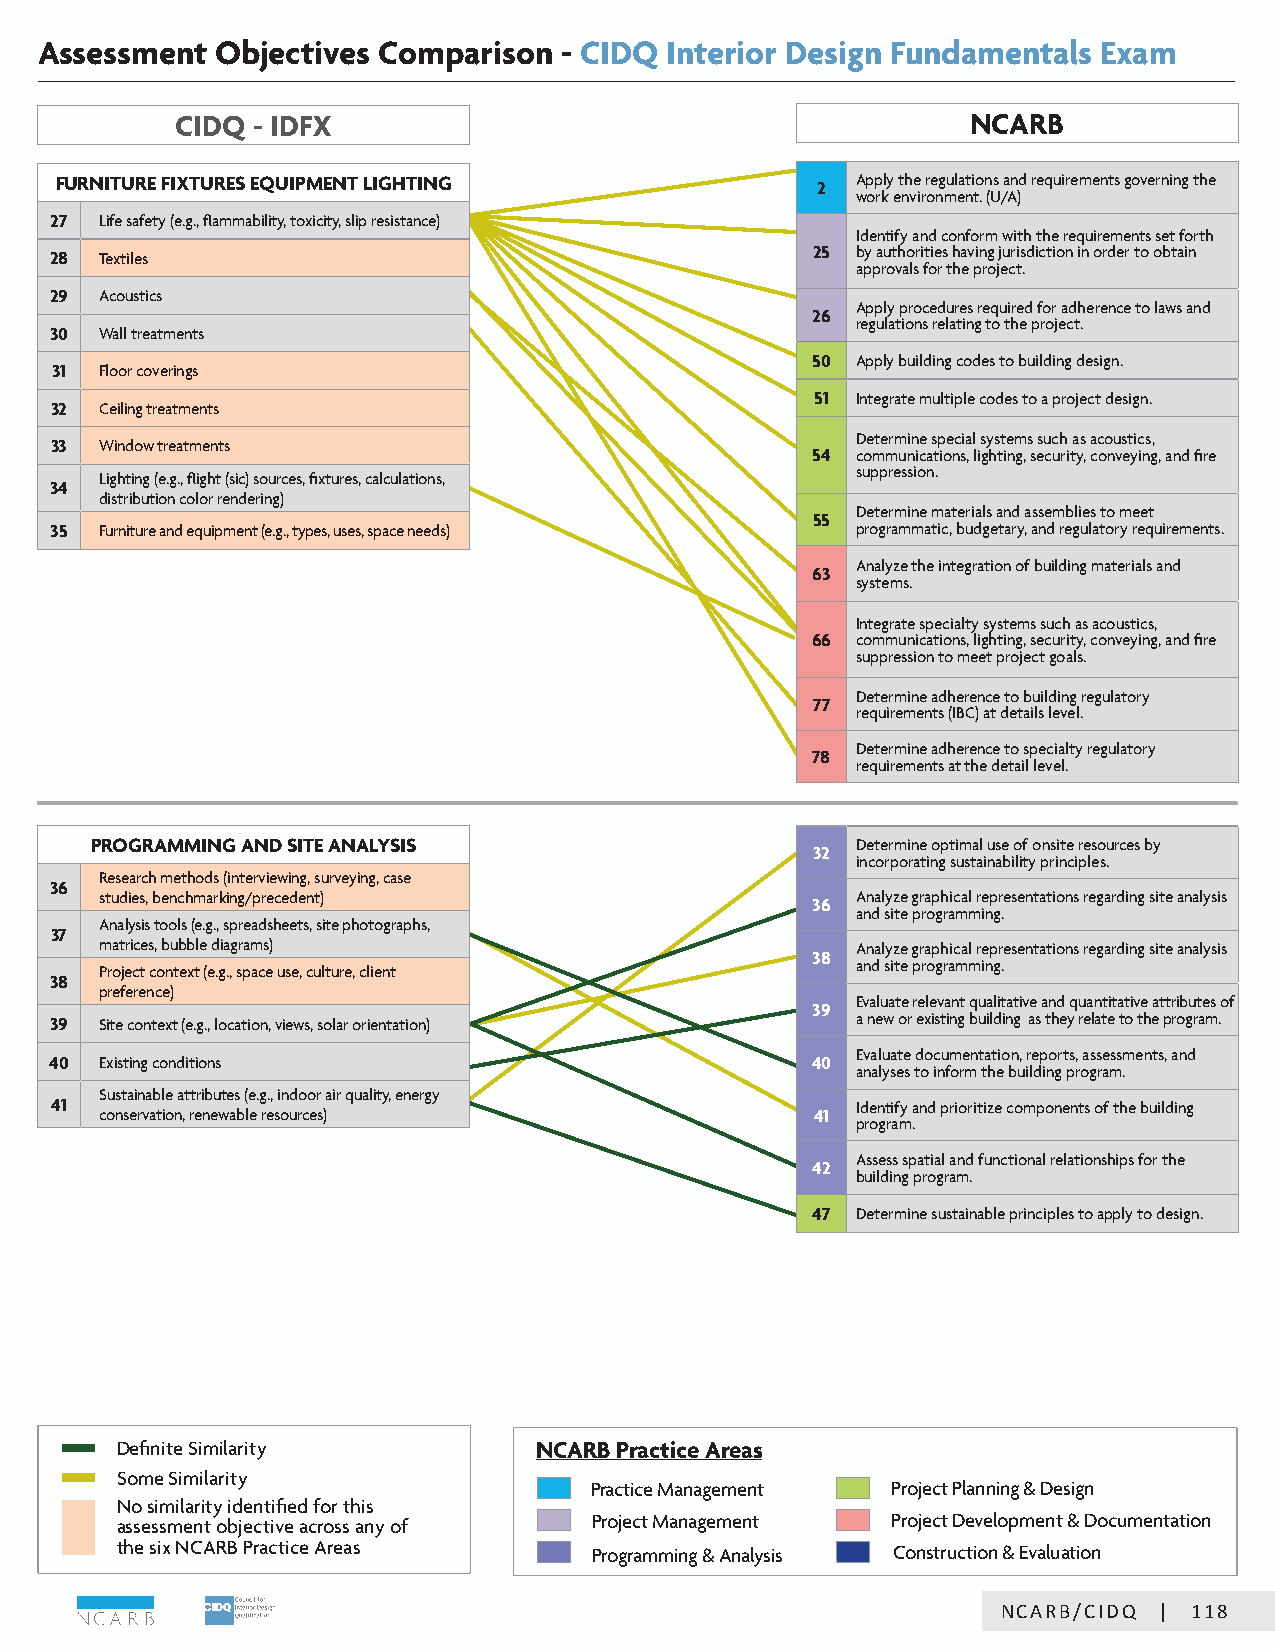
Assessment  Objectives Comparison  - CIDQ Interior Design Fundamentals Exam
 CIDQ - IDFX                                         NCARB
 FURNITURE FIXTURES EQUIPMENT LIGHTING             2  Apply the regulations and requirements governing the
 work environment. (U/A)
 27  Life safety (e.g., flammability, toxicity, slip resistance)
 Identify and conform with the requirements set forth
 28  Textiles                                       25 by authorities having jurisdiction in order to obtain
 approvals for the project.
 29  Acoustics
 Apply procedures required for adherence to laws and
 26
 regulations relating to the project.
 30  Wall treatments
 50 Apply building codes to building design.
 31  Floor coverings
 51 Integrate multiple codes to a project design.
 32  Ceiling treatments
 Determine special systems such as acoustics,
 33  Window treatments
 54 communications, lighting, security, conveying, and fire
 Lighting (e.g., flight (sic) sources, fixtures, calculations, suppression.
 34
 distribution color rendering)
 Determine materials and assemblies to meet
 55
 35  Furniture and equipment (e.g., types, uses, space needs) programmatic, budgetary, and regulatory requirements.
 Analyze the integration of building materials and
 63
 systems.
 Integrate specialty systems such as acoustics,
 66 communications, lighting, security, conveying, and fire
 suppression to meet project goals.
 Determine adherence to building regulatory
 77
 requirements (IBC) at details level.
 Determine adherence to specialty regulatory
 78
 requirements at the detail level.
 PROGRAMMING AND SITE ANALYSIS                      Determine optimal use of onsite resources by
 32
 incorporating sustainability principles.
 Research methods (interviewing, surveying, case
 36
 studies, benchmarking/precedent)                  Analyze graphical representations regarding site analysis
 36
 and site programming.
 Analysis tools (e.g., spreadsheets, site photographs,
 37
 matrices, bubble diagrams)                        Analyze graphical representations regarding site analysis
 38
 Project context (e.g., space use, culture, client and site programming.
 38
 preference)
 Evaluate relevant qualitative and quantitative attributes of
 39
 39  Site context (e.g., location, views, solar orientation) a new or existing building as they relate to the program.
 Evaluate documentation, reports, assessments, and
 40  Existing conditions                            40
 analyses to inform the building program.
 Sustainable attributes (e.g., indoor air quality, energy
 41                                                    Identify and prioritize components of the building
 conservation, renewable resources)             41
 program.
 Assess spatial and functional relationships for the
 42
 building program.
 47 Determine sustainable principles to apply to design.
 Definite Similarity        NCARB Practice Areas
 Some Similarity
 Practice Management Project Planning & Design
 No similarity identified for this
 assessment objective across any of Project Management Project Development & Documentation
 the six NCARB Practice Areas   Programming & Analysis Construction & Evaluation
 CNICDAQR/BN/CCIADRQB || 2118